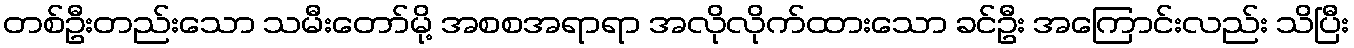
တစ်ဦးတည်းသော သမီးတော်မို့ အစစအရာရာ အလိုလိုက်ထားသော ခင်ဦး အကြောင်းလည်း သိပြီး